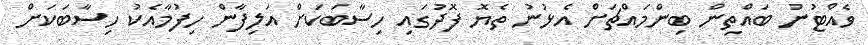
ވެއްޓުނު ބައްތިން ބިންމައްޗަށް އެޅުނު ތެޔޮ ފޮދުގައި ހިސާބަކަށް އަލިފާން ހިފުމާއެކު ހިސާބަކަށް